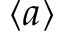
{ \langle a \rangle }